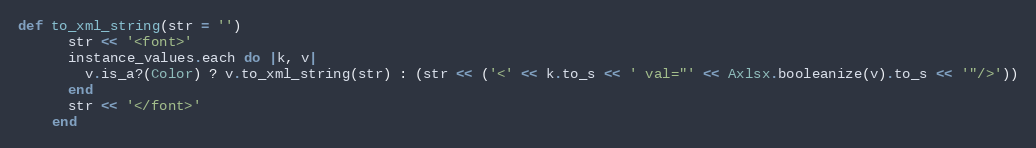
Language: Ruby
def to_xml_string(str = '')
      str << '<font>'
      instance_values.each do |k, v|
        v.is_a?(Color) ? v.to_xml_string(str) : (str << ('<' << k.to_s << ' val="' << Axlsx.booleanize(v).to_s << '"/>'))
      end
      str << '</font>'
    end